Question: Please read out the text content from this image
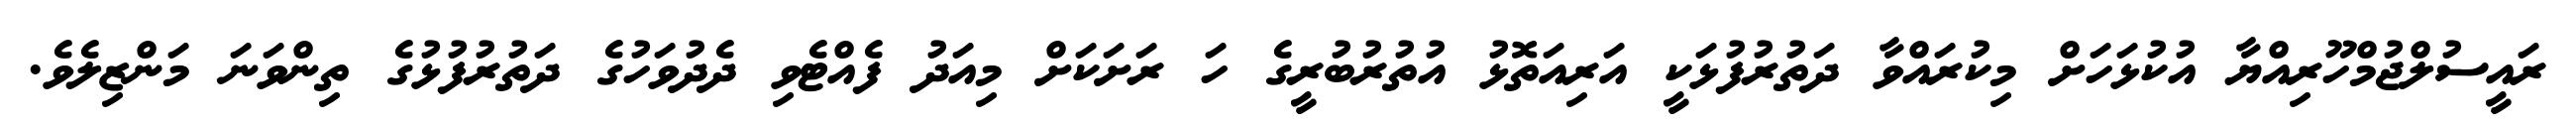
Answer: ރައީސުލްޖުމްހޫރިއްޔާ އުކުޅަހަށް މިކުރައްވާ ދަތުރުފުޅަކީ އަރިއަތޮޅު އުތުރުބުރީގެ ހަ ރަށަކަށް މިއަދު ފެއްޓެވި ދެދުވަހުގެ ދަތުރުފުޅުގެ ތިންވަނަ މަންޒިލެވެ.